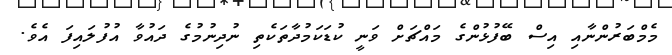
މެމްބަރުންނާއި އިސް ބޭފުޅުންގެ މައްޗަށް ވަނީ ކުޑަކަމުދާތަކެތި ނުދިނުމުގެ ދައުވާ އުފުލައިފަ އެވެ.